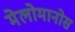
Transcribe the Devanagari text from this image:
मेलोमानोस